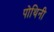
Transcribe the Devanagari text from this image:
पोथिनी